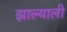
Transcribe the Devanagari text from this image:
झाल्याली